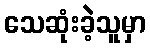
သေဆုံးခဲ့သူမှာ